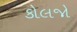
કોલજો